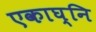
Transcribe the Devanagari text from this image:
एकाघ्नि